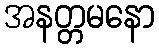
အနတ္တမနော